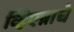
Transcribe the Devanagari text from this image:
व्हिएन्नाचे